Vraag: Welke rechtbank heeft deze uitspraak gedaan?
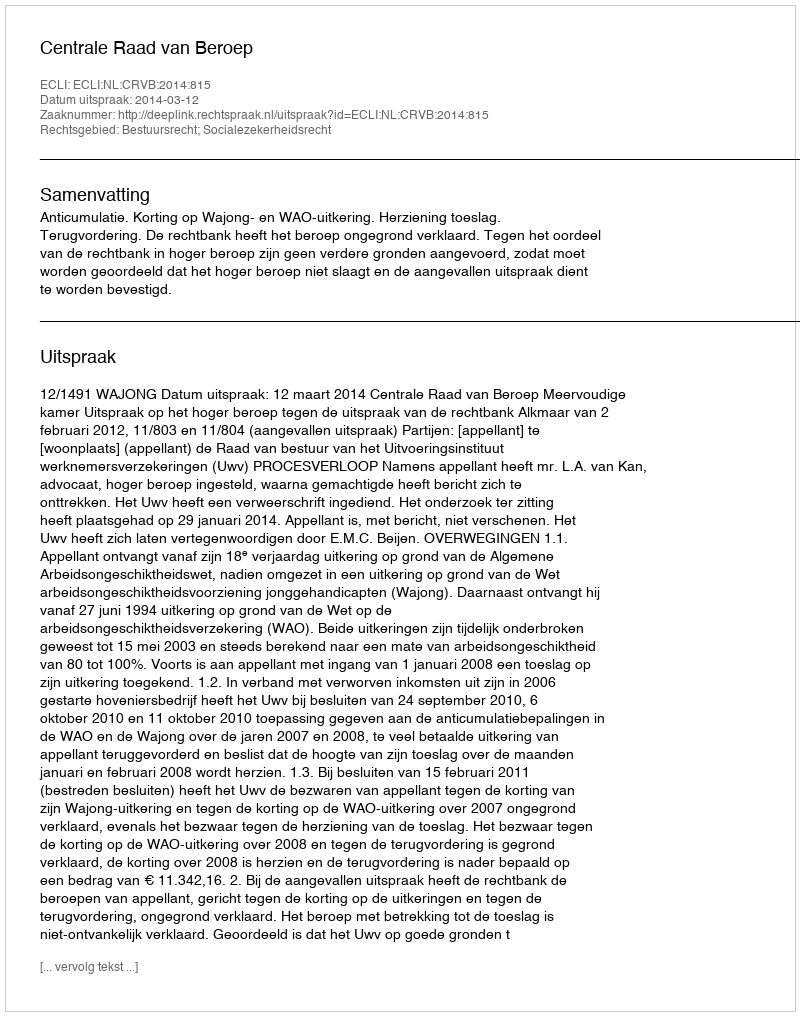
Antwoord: Centrale Raad van Beroep